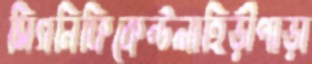
সিগনিফিকেন্টলাহিড়ীপাড়া